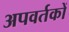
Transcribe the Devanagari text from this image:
अपवर्तकों